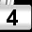
Digit: 4